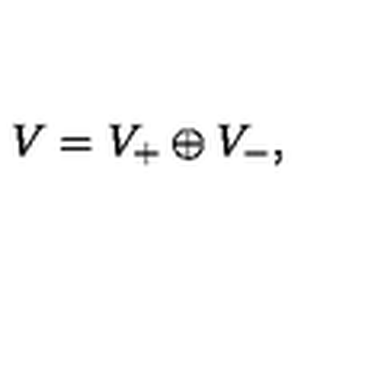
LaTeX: V = V _ { + } \oplus V _ { - } ,